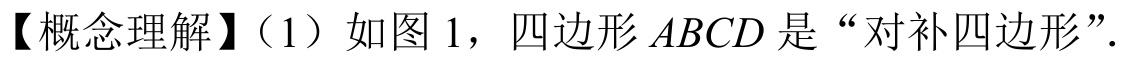
【概念理解】（1）如图 1，四边形$ABCD$是“对补四边形”.